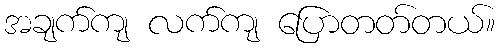
အချက်ကျ လက်ကျ ပြောတတ်တယ်။